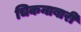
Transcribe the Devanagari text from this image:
चिकनाबारी